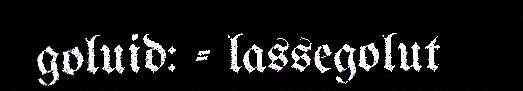
goluid: - lassegolut